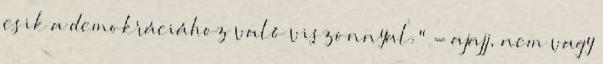
esik a demokráciához való viszonnyal." - ajajj, nem vagy